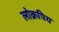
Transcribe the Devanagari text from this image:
लोक्रपिय